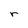
Character: r